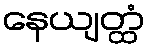
နေယျတ္ထံ